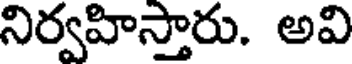
నిర్వహిస్తారు. అవి